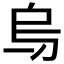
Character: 𠂶